Mental hospitals Bombay report 1929-33 - 1929-1933
Year: 1929
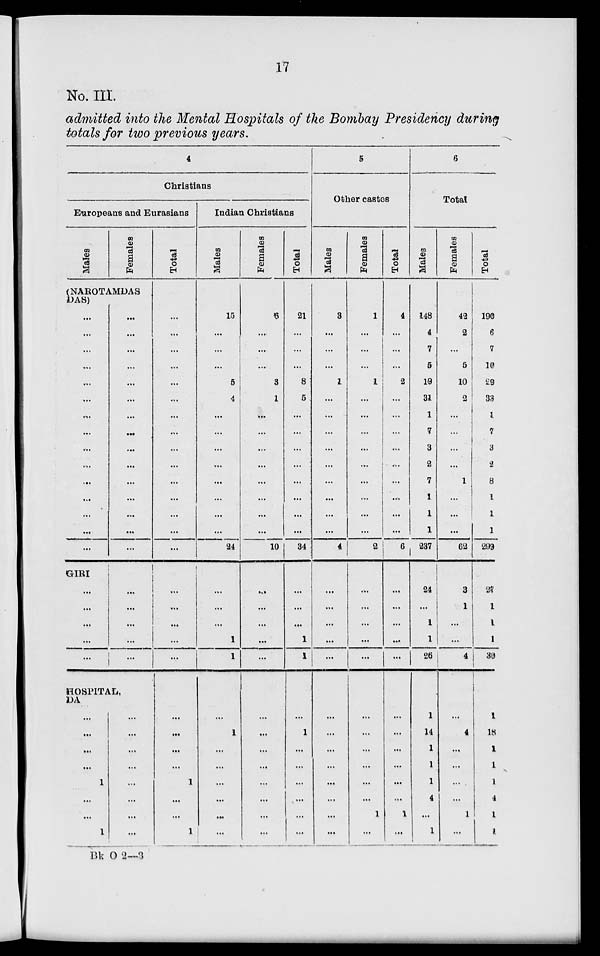
17
No. III.
admitted into the Mental Hospitals of the Bombay Presidency during
totals for two previous years.
4
Christians
Europeans and Eurasians
Males
Females
(NAROTAMDAS
DAS)
...
...
...
...
...
...
...
...
...
...
...
...
...
...
...
GIRI
...
...
...
...
...
...
...
...
...
...
...
...
...
...
...
...
...
...
...
...
...
...
...
...
...
HOSPITAL,
DA
...
...
...
...
1
...
...
1
...
...
...
...
...
...
...
...
Total
...
...
...
...
...
...
...
...
...
...
...
...
...
...
...
...
...
...
...
...
...
...
...
...
1
...
...
1
Indian Christians
Males
15
...
...
...
5
4
...
...
...
...
...
...
...
...
24
...
...
...
1
1
...
1
...
...
...
...
...
...
Females
6
...
...
...
3
1
...
...
...
...
...
...
...
...
10
...
...
...
...
...
...
...
...
...
...
...
...
...
Total
21
...
...
...
8
5
...
...
...
...
...
...
...
...
34
...
...
...
1
1
...
1
...
...
...
...
...
...
5
Other castes
Males
3
...
...
...
1
...
...
...
...
...
...
...
...
...
4
...
...
...
...
...
...
...
...
...
...
...
...
...
Females
1
...
...
...
1
...
...
...
...
...
...
...
...
...
2
...
...
...
...
...
...
...
...
...
...
...
1
...
Total
4
...
...
...
2
...
...
...
...
...
...
...
...
...
6
...
...
...
...
...
...
...
...
...
...
...
1
...
6
Total
Males
148
4
7
5
19
31
1
7
3
2
7
1
1
1
237
24
...
1
1
26
14
1
1
1
4
...
1
Females
42
2
...
5
10
2
...
...
...
...
1
...
...
...
62
3
1
...
...
4
...
4
...
...
...
...
1
...
Total
190
6
7
10
29
33
1
7
3
2
8
1
1
1
299
27
1
1
1
30
1
18
1
1
1
4
1
1
Bk O 2—3